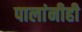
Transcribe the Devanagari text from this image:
पालांनीही